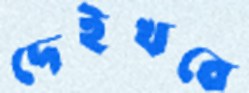
দেইখবে